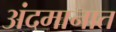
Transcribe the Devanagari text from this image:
अंदमानात